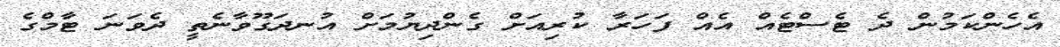
އެހެންކަމުން ދެ ޓެސްޓެއް އެއް ފަހަރާ ކުރިއަށް ގެންދިޔުމަށް އުނދަގޫވާނެތީ ދެވަނަ ޓާމްގެ